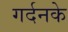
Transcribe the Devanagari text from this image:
गर्दनके